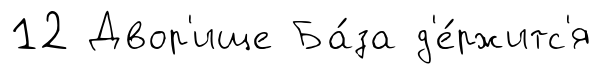
12 Двор'ище Ба́за д'е́ржитс'я